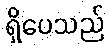
ရှိပေသည်